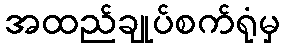
အထည်ချုပ်စက်ရုံမှ